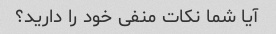
آیا شما نکات منفی خود را دارید؟